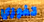
تفوزي